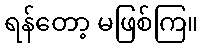
ရန်တော့ မဖြစ်ကြ။